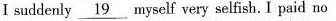
I suddenly \underline{19}myself very selfish. I paid no